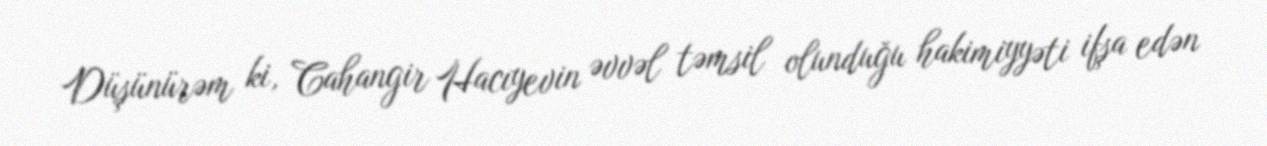
Düşünürəm ki, Cahangir Hacıyevin əvvəl təmsil olunduğu hakimiyyəti ifşa edən